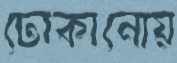
ঢোকানোয়